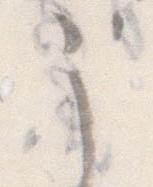
こ